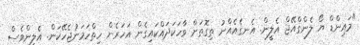
"މައިންޑް ޔޯ ލެންގްއޭޖް އެލީން. އެނގެއެއްނު ތިގޮތަށް ވާހަކަދައްކައިގެން އަހަރެން ހިތްހަމަނުޖެހޭކަން. އެލީންވެސް